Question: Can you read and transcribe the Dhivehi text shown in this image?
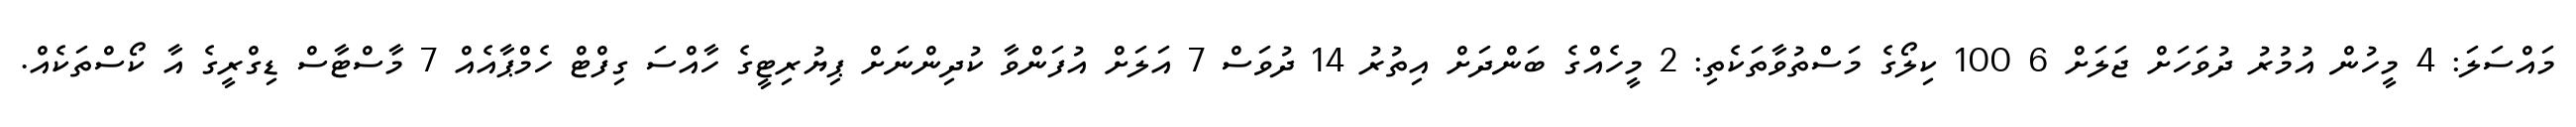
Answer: މައްސަލަ: 4 މީހުން އުމުރު ދުވަހަށް ޖަލަށް 6 100 ކިލޯގެ މަސްތުވާތަކެތި: 2 މީހެއްގެ ބަންދަށް އިތުރު 14 ދުވަސް 7 އަލަށް އުފަންވާ ކުދިންނަށް ޕިޔުރިޓީގެ ހާއްސަ ގިފްޓް ހެމްޕާއެއް 7 މާސްޓާސް ޑިގްރީގެ އާ ކޯސްތަކެއް.